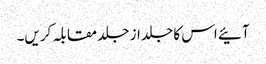
آئیے اس کا جلد از جلد مقابلہ کریں۔